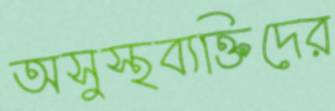
অসুস্থব্যক্তিদের